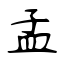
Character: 孟